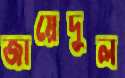
জায়েদুল